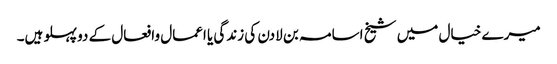
میرے خیال میں شیخ اسامہ بن لادن کی زندگی یا اعمال وافعال کے دو پہلو ہیں۔